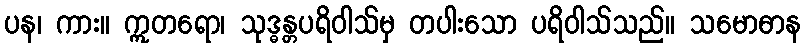
ပန၊ ကား။ ဣတရော၊ သုဒ္ဓန္တပရိဝါသ်မှ တပါးသော ပရိဝါသ်သည်။ သမောဓာန